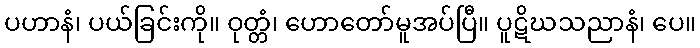
ပဟာနံ၊ ပယ်ခြင်းကို။ ဝုတ္တံ၊ ဟောတော်မူအပ်ပြီ။ ပူဋိဃသညာနံ၊ ပေ။